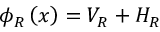
\begin{array} { r } { \phi _ { R } \left( x \right) = V _ { R } + H _ { R } } \end{array}